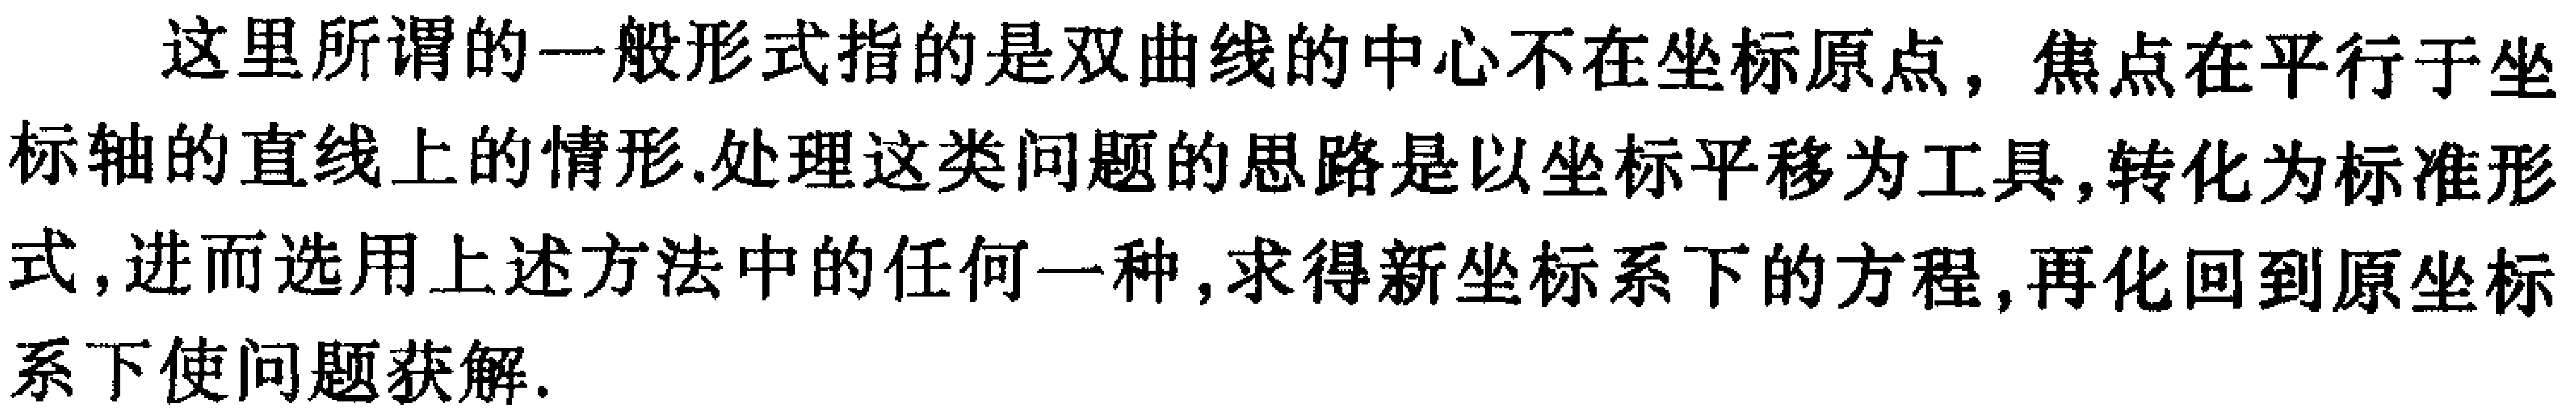
这里所谓的一般形式指的是双曲线的中心不在坐标原点，焦点在平行于坐标轴的直线上的情形.处理这类问题的思路是以坐标平移为工具,转化为标准形式，进而选用上述方法中的任何一种，求得新坐标系下的方程，再化回到原坐标系下使问题获解.